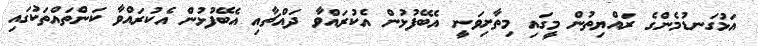
އަޅުގަނޑުމެންގެ ރައްޔިތުން މީގައި މިތާށިވަނީ އެބޭފުޅުން އެކުރައްވާ ދައްޗާއި އެބޭފުޅުން އެކުރައްވާ ކަންތައްތަކުގައި